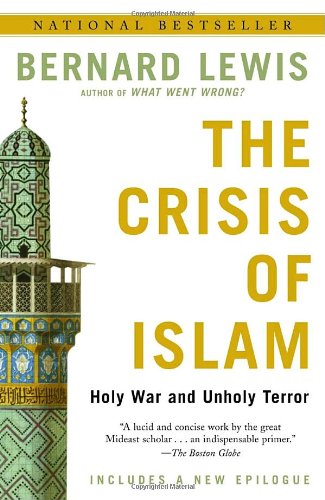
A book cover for The Crisis of Islam: Holy War and Unholy Terror; Bernard Lewis; Religion & Spirituality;